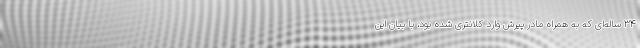
۳۴ ساله‌ای که به همراه مادر پیرش وارد کلانتری شده بود، با بیان این